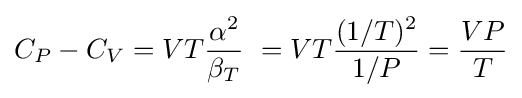
C_{P}-C_{V}=VT{\frac {\alpha ^{2}}{\beta _{T}}}\ =VT{\frac {(1/T)^{2}}{1/P}}={\frac {VP}{T}}